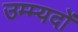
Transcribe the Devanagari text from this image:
उम्म्यदों